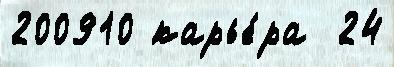
200910 карье́ра  24